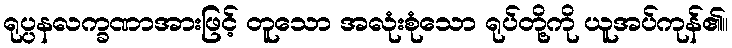
ရုပ္ပနလက္ခဏာအားဖြင့် တူသော အလုံးစုံသော ရုပ်တို့ကို ယူအပ်ကုန်၏။